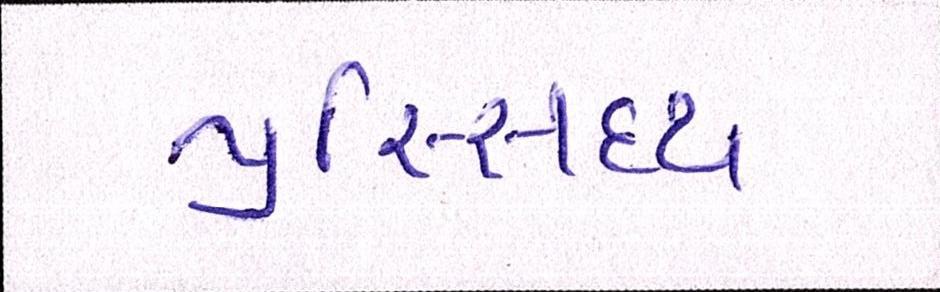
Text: પ્રસ્સિદ્ધ